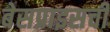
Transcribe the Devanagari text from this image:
बेसप्राइसची